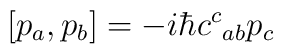
\left[ p_{a}, p_{b} \right]=-i\hbar c^{c}{}_{ab} p_{c}